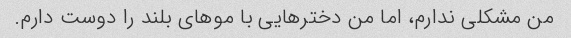
من مشکلی ندارم، اما من دخترهایی با موهای بلند را دوست دارم.